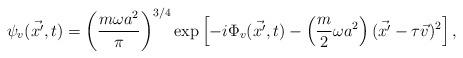
LaTeX: \begin{align*}\psi_v ( \vec {x'}, t) = \left( \frac{m \omega a^2}{\pi} \right)^{3/4} \exp \left[ - i \Phi_v ( \vec {x'}, t ) - \left( \frac{m}{2} \omega a^2 \right) ( \vec {x'} - \tau \vec v )^2 \right],\end{align*}